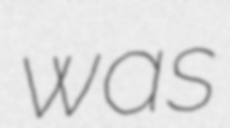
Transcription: was